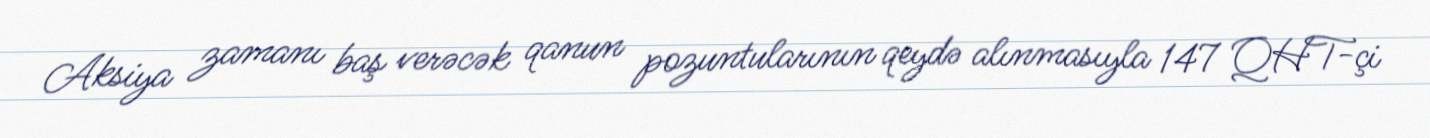
Aksiya zamanı baş verəcək qanun pozuntularının qeydə alınmasıyla 147 QHT-çi